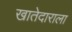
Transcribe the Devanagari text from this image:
खातेदाराला